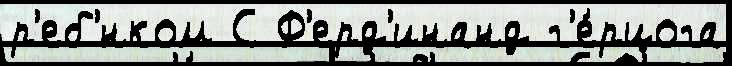
р'еб'́нком С Ф'ерд'инанд г'е́рцога